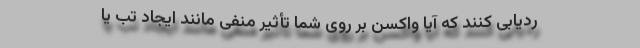
ردیابی کنند که آیا واکسن بر روی شما تأثیر منفی مانند ایجاد تب یا